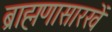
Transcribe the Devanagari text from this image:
ब्राह्मणासारखें